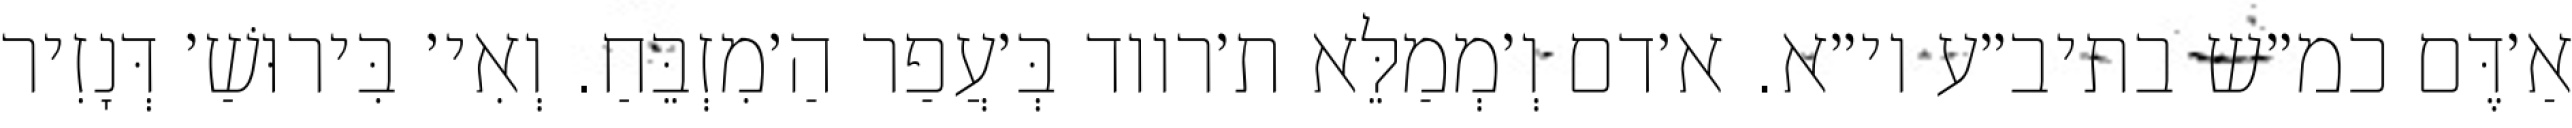
אַ׳דֶּם כמ״ש בתיב״ע וי״א. א׳דם וְ׳מְמַלֵּא ת׳רווד בְּ׳עֲפַר הַ׳מִזְבֵּחַ. וְאִי׳ בִּירוּשַׁ׳ דְּנָזִיר